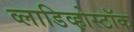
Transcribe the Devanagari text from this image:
व्लाडिव्होस्टॉक